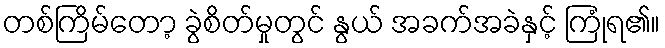
တစ်ကြိမ်တော့ ခွဲစိတ်မှုတွင် နွယ် အခက်အခဲနှင့် ကြုံရ၏။